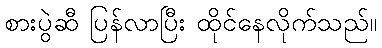
စားပွဲဆီ ပြန်လာပြီး ထိုင်နေလိုက်သည်။